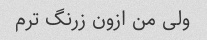
ولی من ازون زرنگ ترم